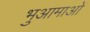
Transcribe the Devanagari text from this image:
भुआमाओं